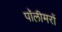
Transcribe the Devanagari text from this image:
पॉलीमरों